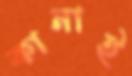
কানাই